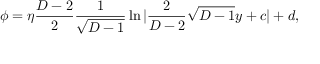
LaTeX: \phi = \eta { \frac { D - 2 } { 2 } } { \frac { 1 } { \sqrt { D - 1 } } } \ln | { \frac { 2 } { D - 2 } } \sqrt { D - 1 } y + c | + d ,